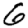
Digit: 6